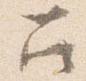
召